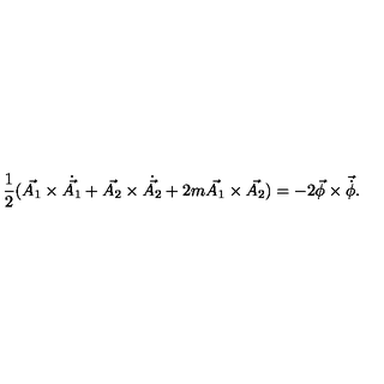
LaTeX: \frac { 1 } { 2 } ( \vec { A _ { 1 } } \times { \dot { \vec { A _ { 1 } } } } + \vec { A _ { 2 } } \times \dot { \vec { A _ { 2 } } } + 2 m \vec { A _ { 1 } } \times \vec { A _ { 2 } } ) = - 2 \vec { \phi } \times { \vec { \dot { \phi } } } .